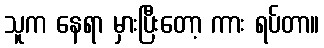
သူက နေရာ မှားပြီးတော့ ကား ရပ်တာ။